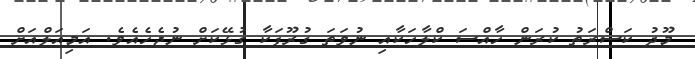
މޫދު ކަސްރަތު ކުރަން ހާއްސަ ކްލާހަކާއި ނުވަތަ ގުރޫޕަކާ ގުޅޭކަށް ނުޖެހެއެވެ. އަމިއަލްއަށް